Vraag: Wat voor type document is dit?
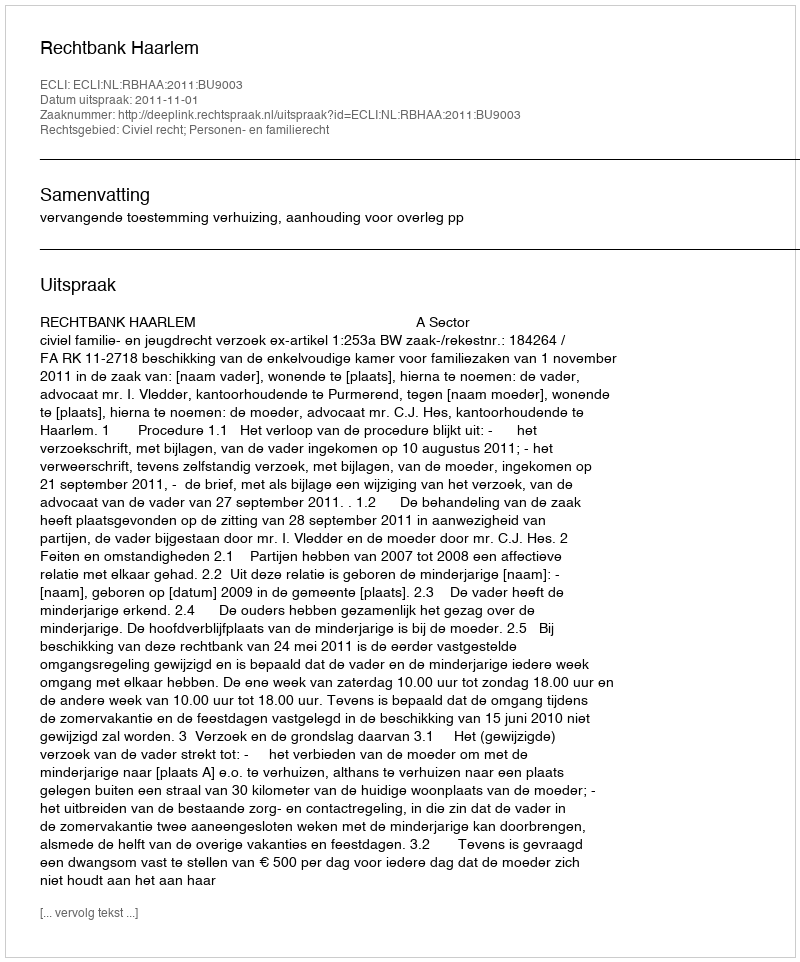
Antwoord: Uitspraak